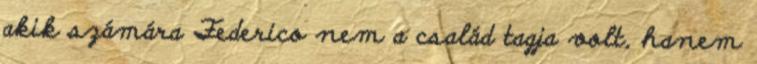
akik számára Federico nem a család tagja volt, hanem